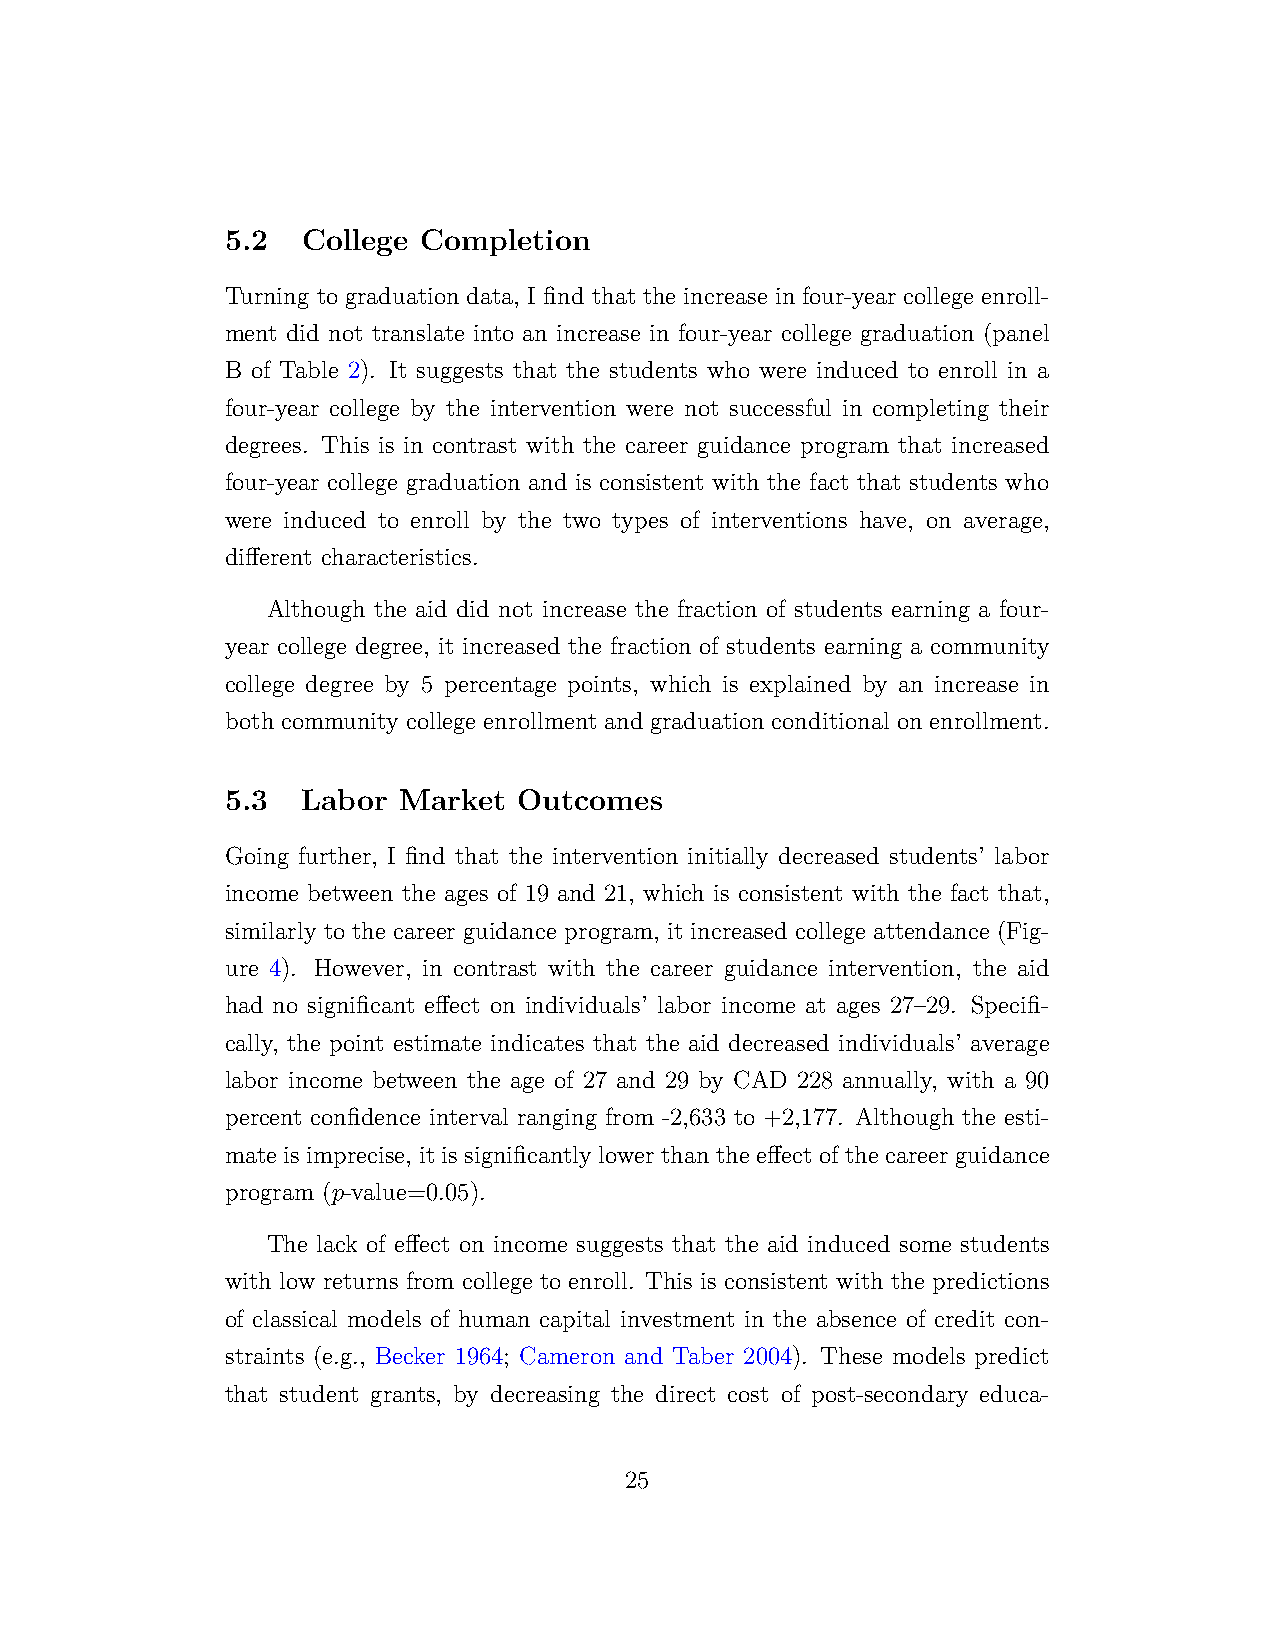
5.2  College Completion
 Turning to graduation data, I find that the increase in four-year college enroll-
 ment did not translate into an increase in four-year college graduation (panel
 B of Table 2). It suggests that the students who were induced to enroll in a
 four-year college by the intervention were not successful in completing their
 degrees. This is in contrast with the career guidance program that increased
 four-year college graduation and is consistent with the fact that students who
 were induced to enroll by the two types of interventions have, on average,
 different characteristics.
 Although the aid did not increase the fraction of students earning a four-
 year college degree, it increased the fraction of students earning a community
 college degree by 5 percentage points, which is explained by an increase in
 both community college enrollment and graduation conditional on enrollment.
 5.3  Labor Market  Outcomes
 Going further, I find that the intervention initially decreased students’ labor
 income between the ages of 19 and 21, which is consistent with the fact that,
 similarly to the career guidance program, it increased college attendance (Fig-
 ure 4). However, in contrast with the career guidance intervention, the aid
 had no significant effect on individuals’ labor income at ages 27–29. Specifi-
 cally, the point estimate indicates that the aid decreased individuals’ average
 labor income between the age of 27 and 29 by CAD 228 annually, with a 90
 percent confidence interval ranging from -2,633 to +2,177. Although the esti-
 mate is imprecise, it is significantly lower than the effect of the career guidance
 program (p-value=0.05).
 The lack of effect on income suggests that the aid induced some students
 with low returns from college to enroll. This is consistent with the predictions
 of classical models of human capital investment in the absence of credit con-
 straints (e.g., Becker 1964; Cameron and Taber 2004). These models predict
 that student grants, by decreasing the direct cost of post-secondary educa-
 25